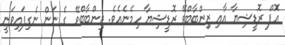
އޮފް ރޮޑީޝިޔާ އާއި ޒިިންބާބްވޭ ރޮޑީޝިޔާ ހިމެނެއެވެ. ޒިންބާބްވޭ ގެ ނަން ނެގިފައިވަނީ